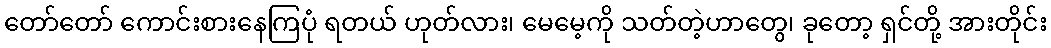
တော်တော် ကောင်းစားနေကြပုံ ရတယ် ဟုတ်လား၊ မေမေ့ကို သတ်တဲ့ဟာတွေ၊ ခုတော့ ရှင်တို့ အားတိုင်း